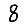
Digit: 8